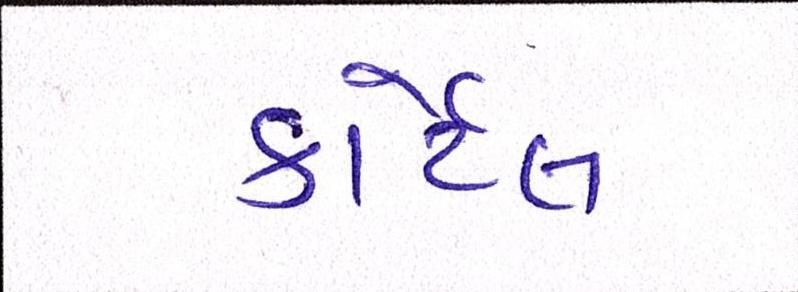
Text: કાર્ટેલ